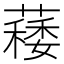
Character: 𦾎